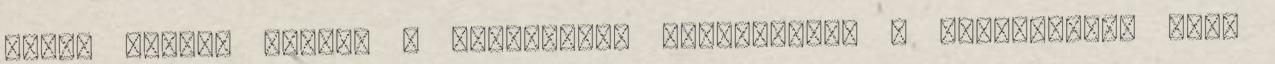
ugye? Kövess minket a Facebookon Regisztrálj a Jobline-on, hogy